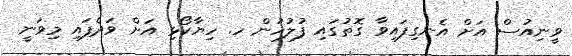
ވީނިއުސް އަށް އެނގިފައިވާ ގޮތުގައި ފުލުހުން ހ. ހިޔާކޯޅި އަށް ވަދެފައި މިވަނީ